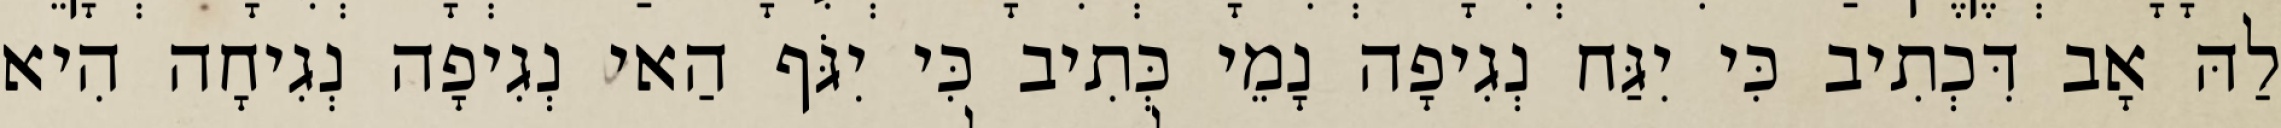
לַהּ אָב דִּכְתִיב כִּי יִגַּח נְגִיפָה נָמֵי כְּתִיב כִּי יִגֹּף הַאי נְגִיפָה נְגִיחָה הִיא